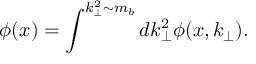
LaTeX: \phi ( x ) = \int ^ { k _ { \perp } ^ { 2 } \sim m _ { b } } d k _ { \perp } ^ { 2 } \phi ( x , k _ { \perp } ) .